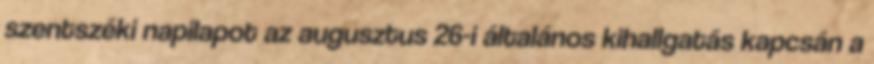
szentszéki napilapot az augusztus 26-i általános kihallgatás kapcsán a